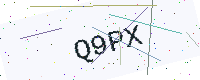
Text: Q9PX